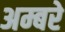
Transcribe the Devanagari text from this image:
अम्बरे